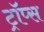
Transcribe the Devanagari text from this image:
ट्रॉप्स